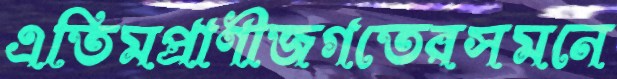
এতিমপ্রাণীজগতেরসমনে